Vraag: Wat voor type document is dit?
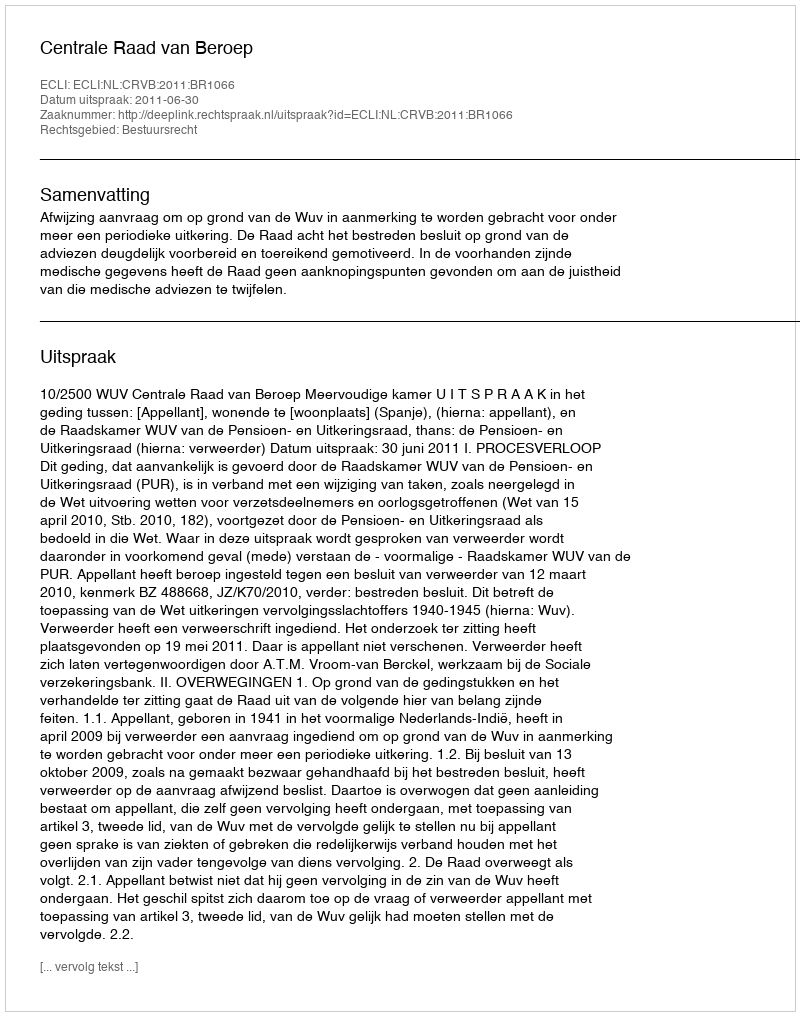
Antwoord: Uitspraak